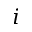
\r _ { i }